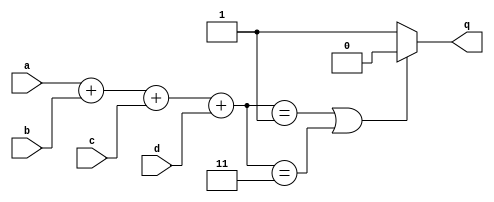
module top_module (
    input a,
    input b,
    input c,
    input d,
    output q );//

    reg [2:0] sum;
    assign sum = a + b + c + d;
    assign q = (sum == 1 || sum == 3) ? 0 : 1; // Fix me

endmodule